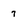
Character: 7